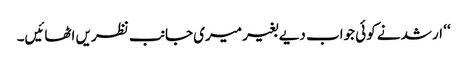
‘‘ ارشد نے کوئی جواب دیے بغیر میری جانب نظریں اٹھائیں۔